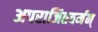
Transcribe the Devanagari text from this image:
अपराजितवर्मन्